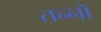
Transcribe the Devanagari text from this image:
तन्नॊ